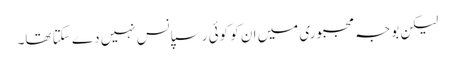
لیکن بوجہ مجبوری میں ان کو کوئی رسپانس نہیں دے سکتا تھا۔